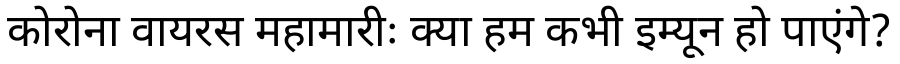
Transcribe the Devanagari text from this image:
कोरोना वायरस महामारीः क्या हम कभी इम्यून हो पाएंगे?